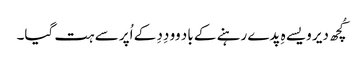
کُچھ دیر ویسے ہِ پدے رہنے کے باد وو دِدِ کے اُپر سے ہت گیا۔